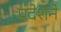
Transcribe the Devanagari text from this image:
प्रदेशने